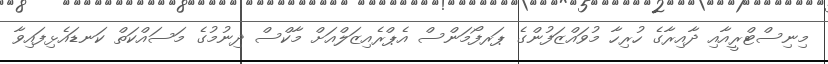
މިނިސްޓްރީއާއި ދާއިރާގެ ހުރިހާ މުވައްޒަފުންގެ ޕަރފޯމަންސް އެޕްރެއިޒަލްއަށް މާކްސް ދިނުމުގެ މަސައްކަތް ކަނޑައެޅިފައިވާ